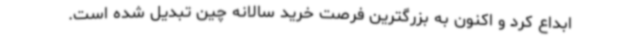
ابداع کرد و اکنون به بزرگترین فرصت خرید سالانه چین تبدیل شده است.